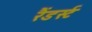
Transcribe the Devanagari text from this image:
रैंडर्स्ट